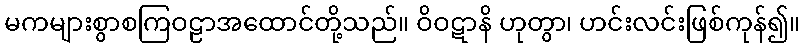
မကများစွာစကြဝဠာအထောင်တို့သည်။ ဝိဝဋာနိ ဟုတွာ၊ ဟင်းလင်းဖြစ်ကုန်၍။